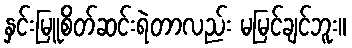
နှင်းမြူစိတ်ဆင်းရဲတာလည်း မမြင်ချင်ဘူး။